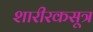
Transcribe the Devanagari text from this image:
शारीरकसूत्र